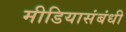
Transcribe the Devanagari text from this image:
मीडियासंबंधी